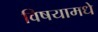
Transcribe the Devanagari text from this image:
विषयामधे